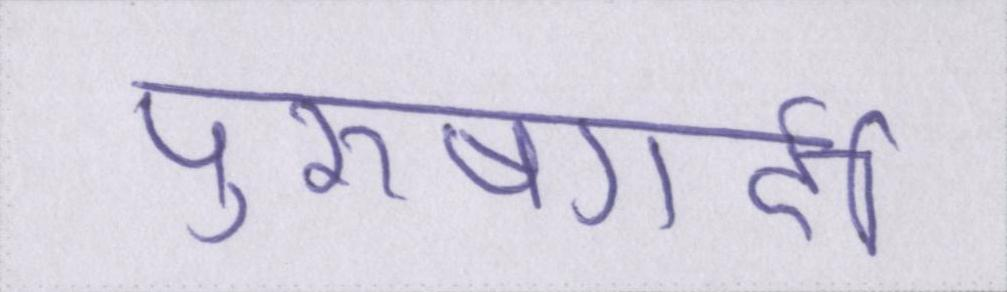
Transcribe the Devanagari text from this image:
पुरूषगर्दी